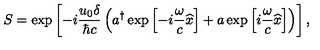
S = \exp \left[ - i \frac { u _ { 0 } \delta } { \hbar c } \left( a ^ { \dagger } \exp \left[ - i \frac { \omega } { c } \widehat { x } \right] + a \exp \left[ i \frac { \omega } { c } \widehat { x } \right] \right) \right] ,